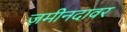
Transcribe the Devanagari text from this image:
ज़मीनदावर